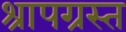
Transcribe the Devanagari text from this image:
श्रापग्रस्त